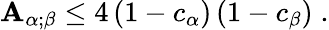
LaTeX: \mathbf{A}_{\alpha;\beta}\leq4\, (1-c_{\alpha})\, (1-c_{\beta})\; .